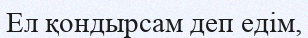
Ел қондырсам деп едім,